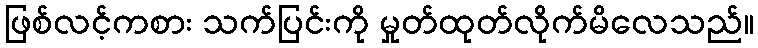
ဖြစ်လင့်ကစား သက်ပြင်းကို မှုတ်ထုတ်လိုက်မိလေသည်။